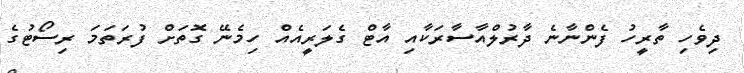
ދިވެހި ތާރީހު ފެންނާނެ ދާރުލްއާސާރަކާއި އާޓް ގެލަރީއެއް ހިމެނޭ ގޮތަށް ފުރަތަމަ ރިސޯޓުގެ